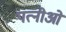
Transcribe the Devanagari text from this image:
पत्नीओं